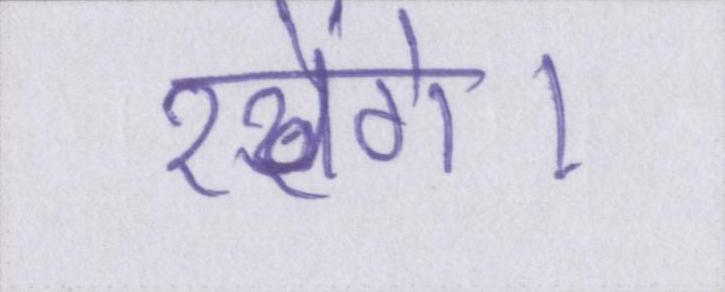
रखेंगे।